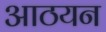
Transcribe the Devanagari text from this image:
आठयन